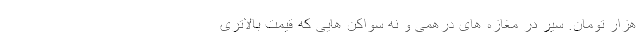
هزار تومان. سیر در مغازه های درهمی و نه سَواکُن هایی که قیمت بالاتری